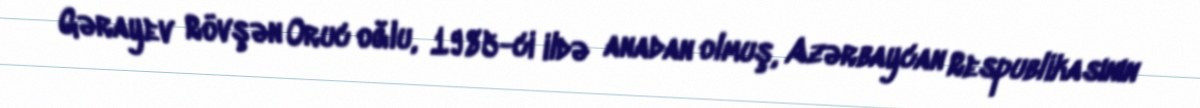
Gərayev Rövşən Oruc oğlu, 1985-ci ildə anadan olmuş, Azərbaycan Respublikasının